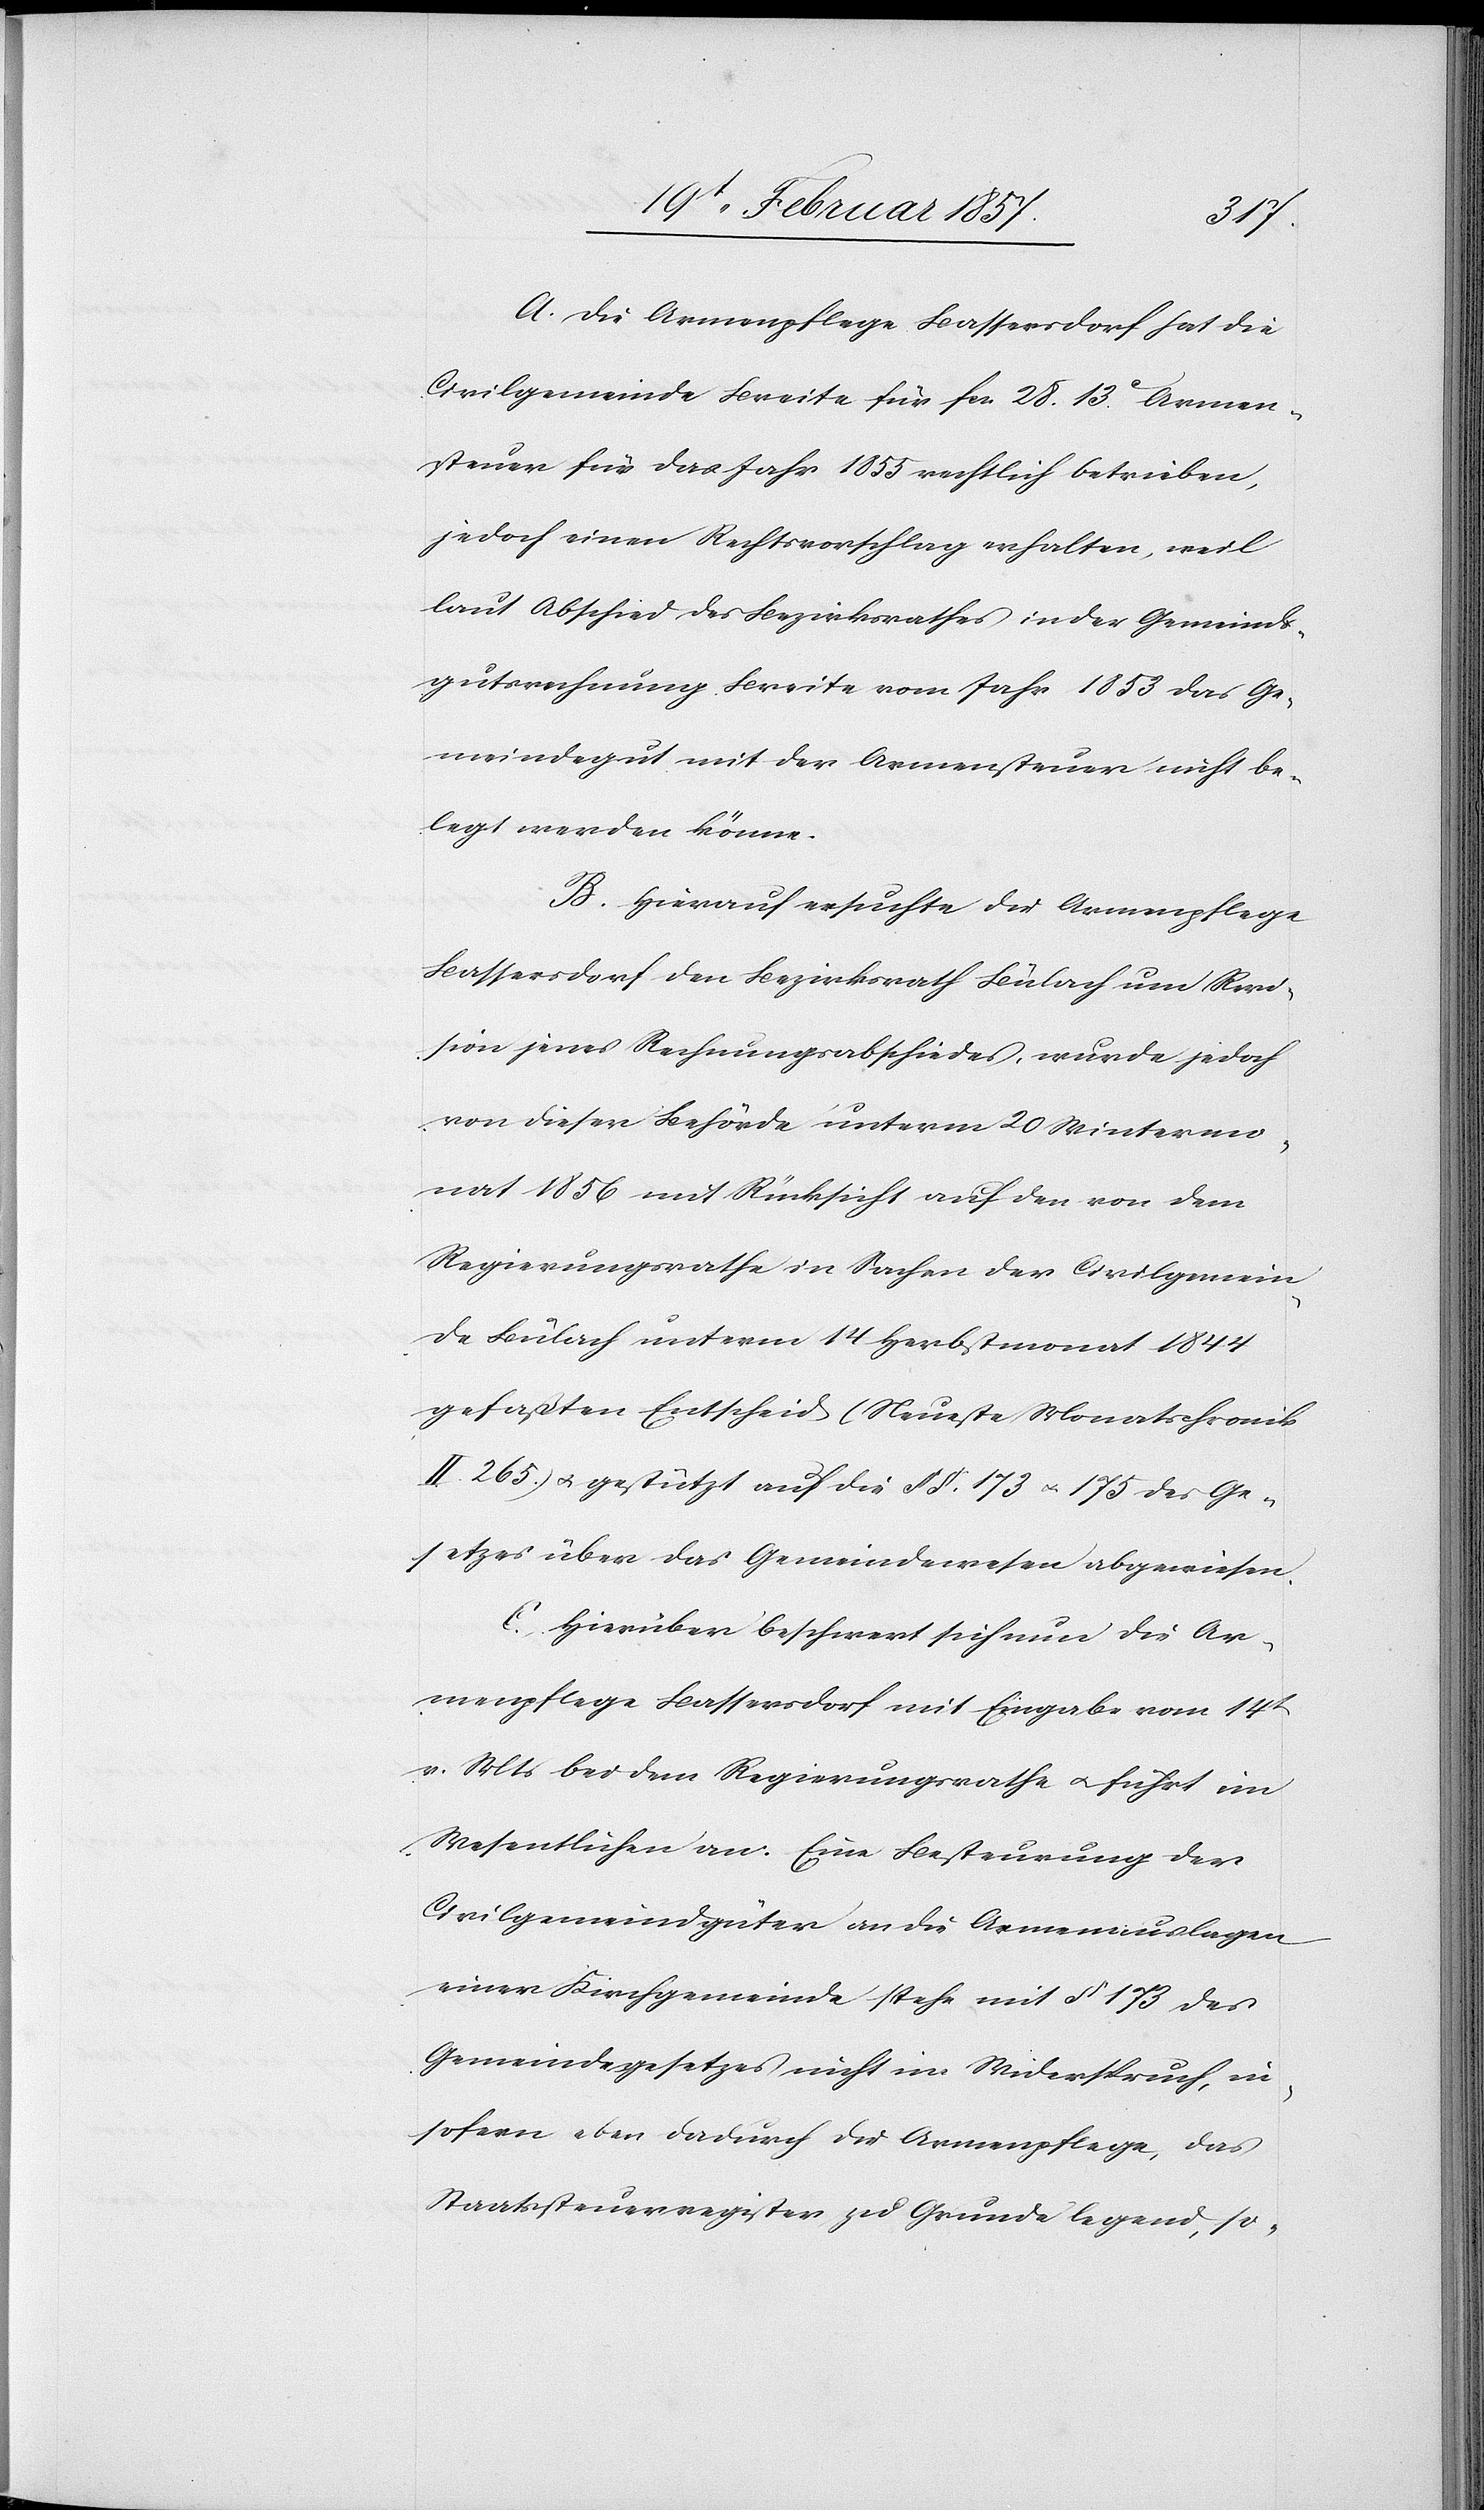
A. Die Armenpflege Bassersdorf hat die
Civilgemeinde Breite für fr. 28. 13 C Armen¬
steuer für das Jahr 1855 rechtlich betrieben,
jedoch einen Rechtsvorschlag erhalten, weil
laut Abschied des Bezirksrathes in der Gemeinds¬
gutsrechnung Breite vom Jahr 1853 das Ge¬
meindegut mit der Armensteuer nicht be¬
legt werden könne.
B. Hierauf ersuchte die Armenpflege
Bassersdorf den Bezirksrath Bülach um Revi¬
sion jenes Rechnungsabschiedes, wurde jedoch
von dieser Behörde unterm 20 Wintermo¬
nat 1856 mit Rücksicht auf den von dem
Regierungsrathe in Sachen der Civilgemein¬
de Bülach unterm 14 Herbstmonat 1844
gefaßten Entscheid (Neuste Monatschronik
II 265.) u. gestützt auf die § §. 173 u. 175 des Ge¬
setzes über das Gemeindewesen abgewiesen.
C. Hierüber beschwert sich nun die Ar¬
menpflege Bassersdorf mit Eingabe vom 14t
v. Mts bei dem Regierungsrathe u. führt im
Wesentlichen an: Eine Besteurung der
Civilgemeindgüter an die Armenauslagen
einer Kirchgemeinde stehe mit § 173 des
Gemeindegesetzes nicht im Widerspruch, in¬
sofern eben dadurch die Armenpflege, das
Staatssteuerregister zu Grunde legend, so-